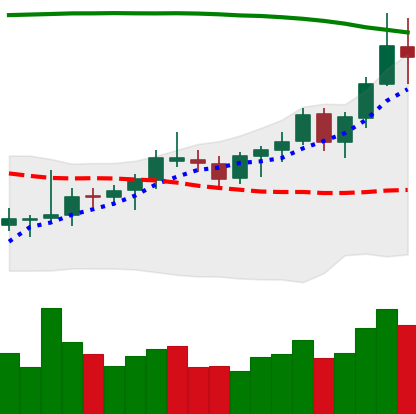
Ticker: BNB-USD
Chart end date: 2021-08-12
Forward return: 4.17%
Label: up_3_5